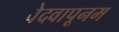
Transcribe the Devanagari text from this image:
वेदवापूनम